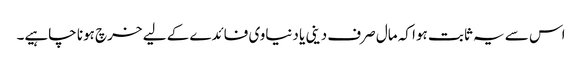
اس سے یہ ثابت ہوا کہ مال صرف دینی یا دنیاوی فائدے کے لیے خرچ ہونا چاہیے۔